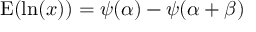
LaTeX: \operatorname { E } ( \ln ( x ) ) = \psi ( \alpha ) - \psi ( \alpha + \beta )